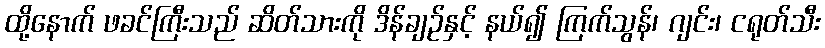
ထို့နောက် ဖခင်ကြီးသည် ဆိတ်သားကို ဒိန်ချဉ်နှင့် နယ်၍ ကြက်သွန်၊ ဂျင်း၊ ငရုတ်သီး